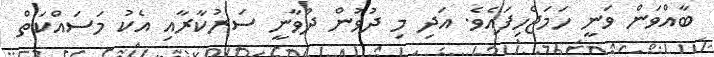
ބާއްވަން ވަނީ ހަމަޖެހިފައެވެ. އަދި މި ދުވުން ދުވާނީ ސަރުކާރާއި އެކު މަސައްކަތް